Report on vaccination in Madras 1904-1921 - 1904-1921
Year: 1904
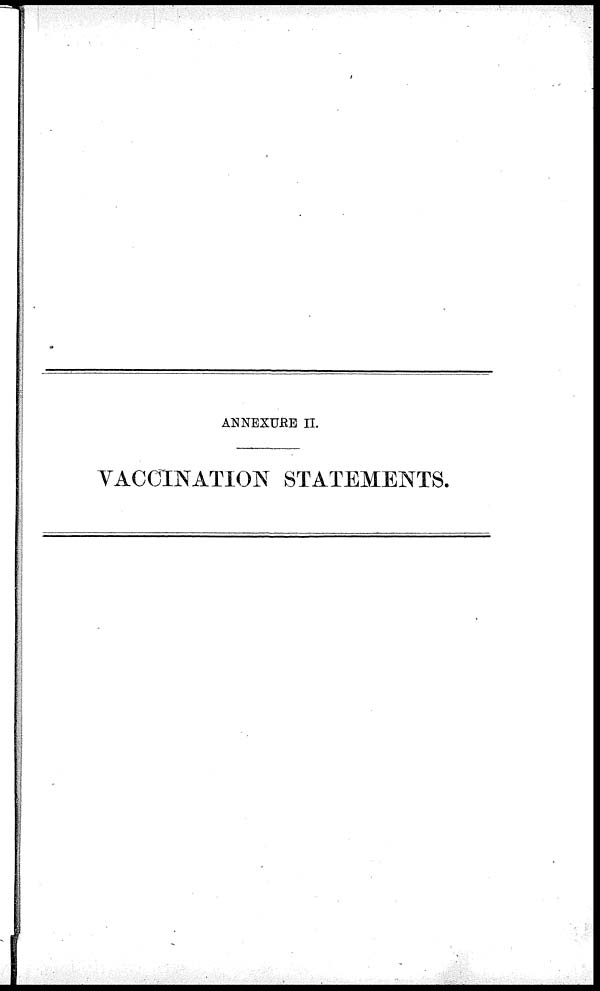
ANNEXURE II.
VACCINATION STATEMENTS.